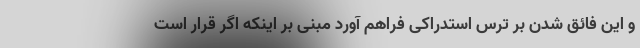
و این فائق شدن بر ترس استدراکی فراهم آورد مبنی بر اینکه اگر قرار است